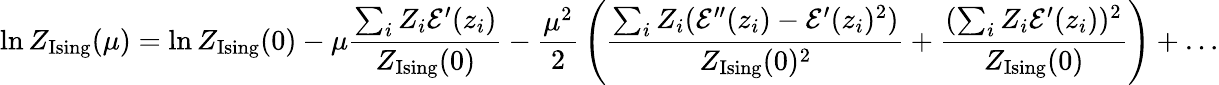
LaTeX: \ln Z_{\mathrm{Ising}}(\mu)=\ln Z_{\mathrm{Ising}}(0)-\mu{\frac{\sum_{i}Z_{i}{\mathcal E}^{\prime}(z_{i})}{Z_{\mathrm{Ising}}(0)}}-{\frac{\mu^{2}}{2}}\left({\frac{\sum_{i}Z_{i}({\mathcal E}^{\prime\prime}(z_{i})-{\mathcal E}^{\prime}(z_{i})^{2})}{Z_{\mathrm{Ising}}(0)^{2}}}+{\frac{(\sum_{i}Z_{i}{\mathcal E}^{\prime}(z_{i}))^{2}}{Z_{\mathrm{Ising}}(0)}}\right)+\ldots